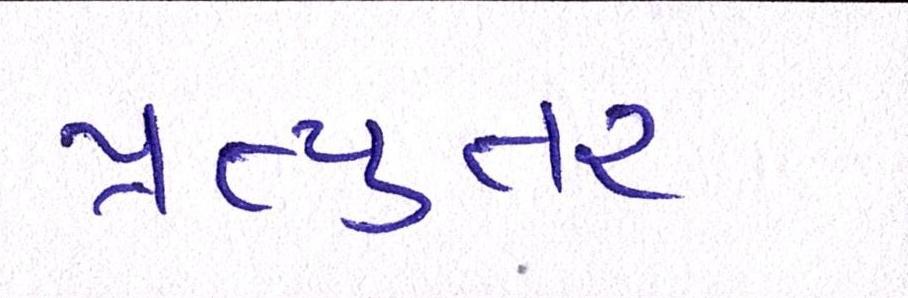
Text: પ્રત્યુતર